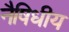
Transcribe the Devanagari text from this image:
नैषिधीय